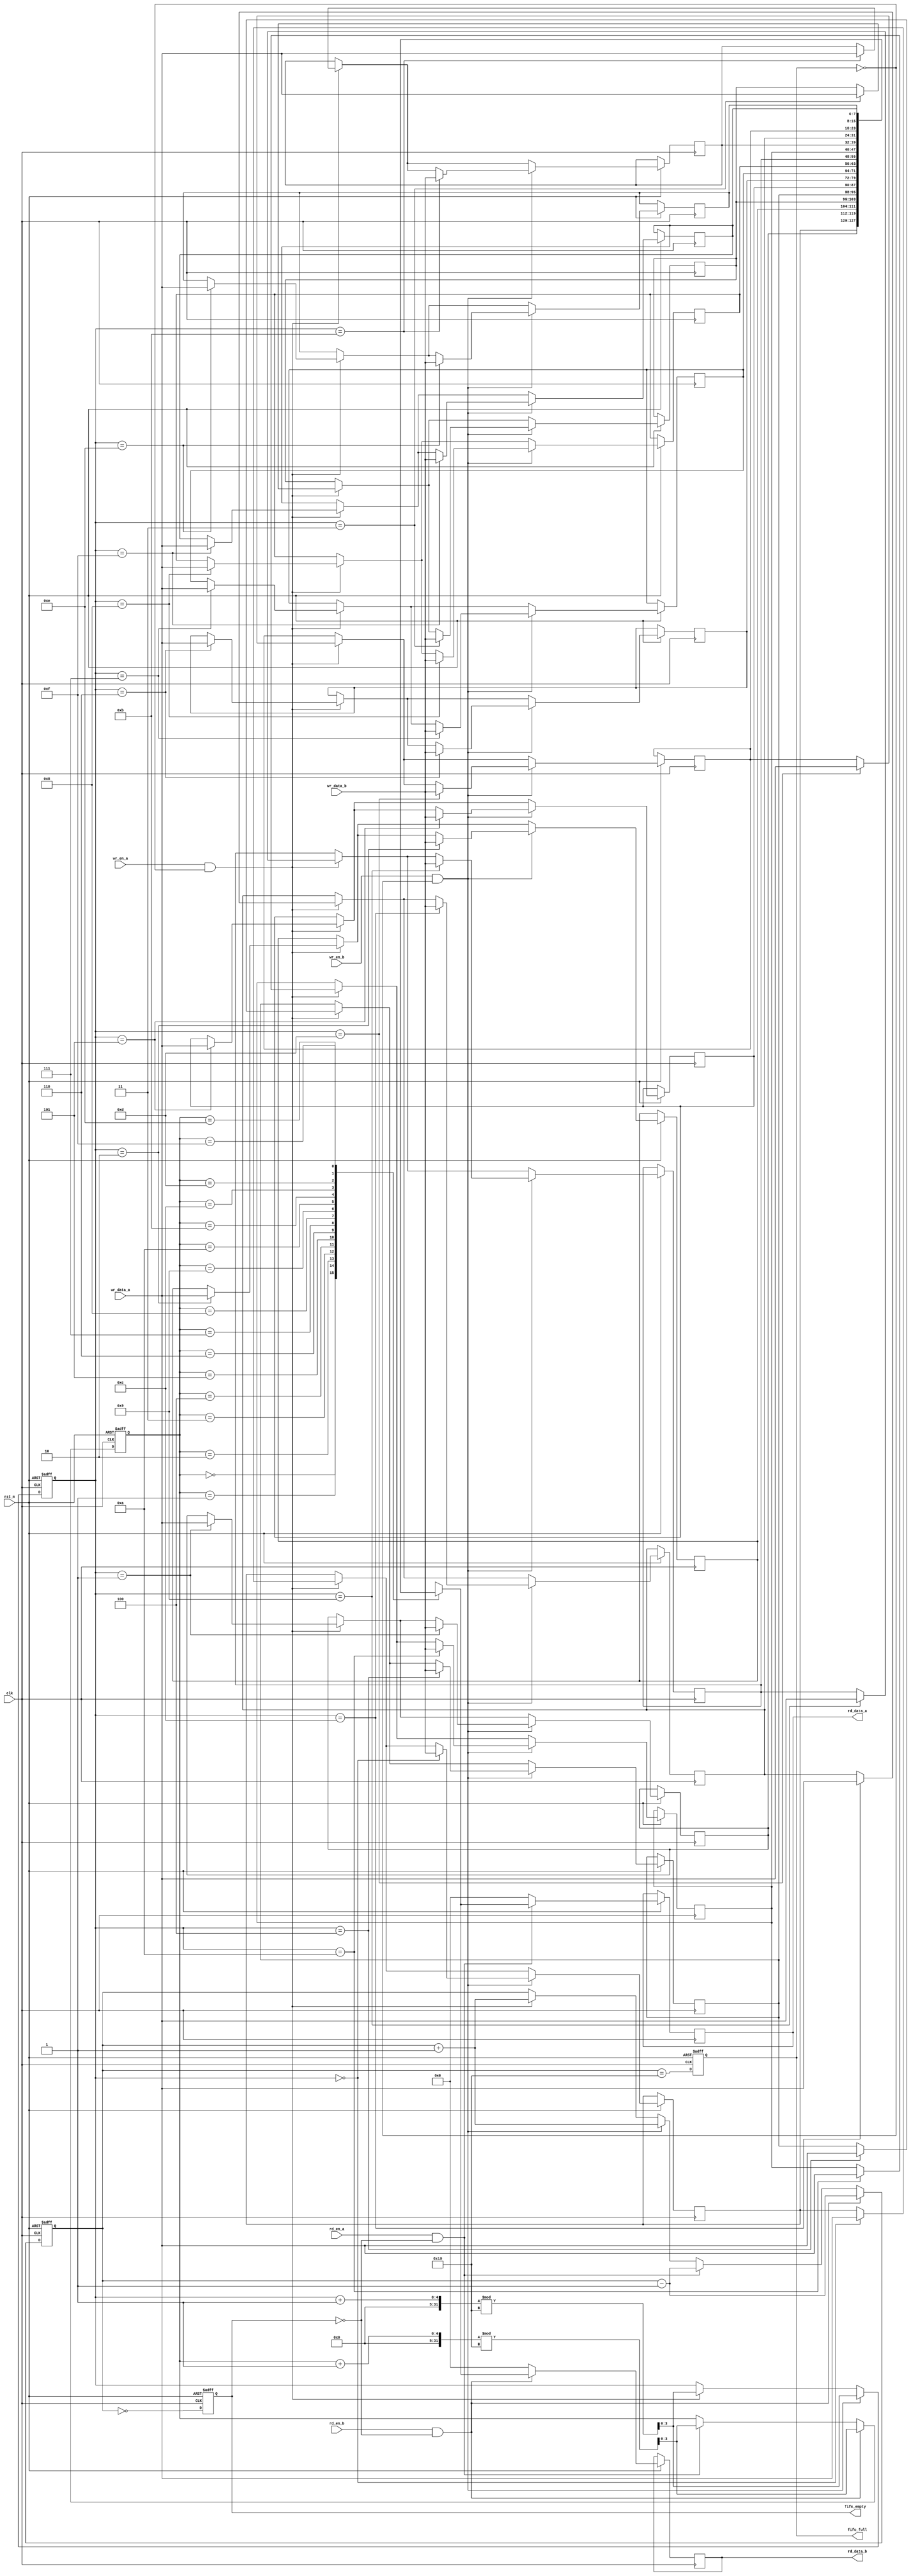
module multiport_fifo #(
    parameter DATA_WIDTH = 8,  // Width of the data
    parameter DEPTH = 16        // Depth of the FIFO
) (
    input wire clk,                     // Clock signal
    input wire rst_n,                   // Asynchronous reset (active low)
    
    // Write ports
    input wire [DATA_WIDTH-1:0] wr_data_a, // Write data for port A
    input wire wr_en_a,                  // Write enable for port A
    input wire [DATA_WIDTH-1:0] wr_data_b, // Write data for port B
    input wire wr_en_b,                  // Write enable for port B
    
    // Read ports
    output reg [DATA_WIDTH-1:0] rd_data_a, // Read data for port A
    input wire rd_en_a,                  // Read enable for port A
    output reg [DATA_WIDTH-1:0] rd_data_b, // Read data for port B
    input wire rd_en_b,                  // Read enable for port B
    
    // Status flags
    output reg fifo_full,                // FIFO full flag
    output reg fifo_empty                // FIFO empty flag
);

    // Memory array
    reg [DATA_WIDTH-1:0] fifo_mem [0:DEPTH-1];
    
    // Read and write pointers
    reg [$clog2(DEPTH)-1:0] wr_ptr;
    reg [$clog2(DEPTH)-1:0] rd_ptr;
    reg [$clog2(DEPTH+1)-1:0] num_elements; // Number of elements in the FIFO

    // Pointer management and status logic
    always @(posedge clk or negedge rst_n) begin
        if (!rst_n) begin
            wr_ptr <= 0;
            rd_ptr <= 0;
            num_elements <= 0;
            fifo_full <= 0;
            fifo_empty <= 1;
        end else begin
            // Write Logic
            if (wr_en_a && !fifo_full) begin
                fifo_mem[wr_ptr] <= wr_data_a;
                wr_ptr <= (wr_ptr + 1) % DEPTH;
                num_elements <= num_elements + 1;
            end
            
            if (wr_en_b && !fifo_full) begin
                fifo_mem[wr_ptr] <= wr_data_b;
                wr_ptr <= (wr_ptr + 1) % DEPTH;
                num_elements <= num_elements + 1;
            end
            
            // Read Logic
            if (rd_en_a && !fifo_empty) begin
                rd_data_a <= fifo_mem[rd_ptr];
                rd_ptr <= (rd_ptr + 1) % DEPTH;
                num_elements <= num_elements - 1;
            end else begin
                rd_data_a <= {DATA_WIDTH{1'b0}}; // Default value when no read
            end
            
            if (rd_en_b && !fifo_empty) begin
                rd_data_b <= fifo_mem[rd_ptr];
                rd_ptr <= (rd_ptr + 1) % DEPTH;
                num_elements <= num_elements - 1;
            end else begin
                rd_data_b <= {DATA_WIDTH{1'b0}}; // Default value when no read
            end
            
            // Update status flags
            fifo_full <= (num_elements == DEPTH);
            fifo_empty <= (num_elements == 0);
        end
    end

endmodule